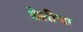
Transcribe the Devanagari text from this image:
वेलीचा